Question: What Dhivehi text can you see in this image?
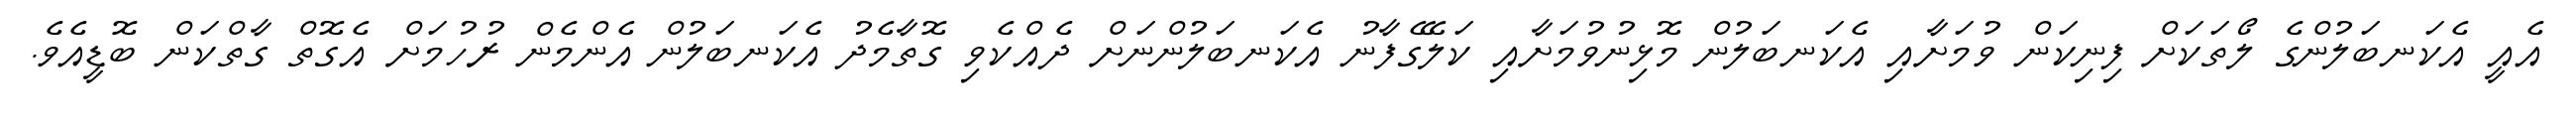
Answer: އެއީ އެކަނބަލުންގެ ލޯތަކަށް ފިނިކަން ވުމަށާއި އެކަނބަލުން މޮޅިނުވުމަށާއި ކަލޭގެފާނު އެކަނބަލުންނަށް ދެއްކެވި ގޮތާމެދު އެކަނބަލުން އެންމެން ރުހުމަށް އެގޮތް ގާތްކަން ބޮޑީއެވެ.